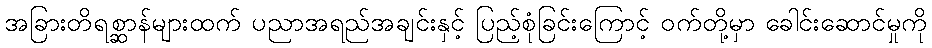
အခြားတိရစ္ဆာန်များထက် ပညာအရည်အချင်းနှင့် ပြည့်စုံခြင်းကြောင့် ဝက်တို့မှာ ခေါင်းဆောင်မှုကို